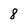
Character: 8